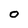
Character: 0